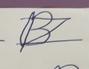
Signature authenticity: forged